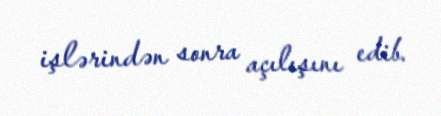
işlərindən sonra açılışını edib.